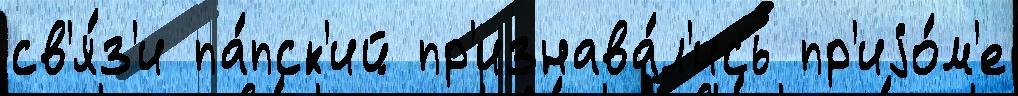
св'я́з'и па́пск'ий пр'изнава́л'ись пр'иjо́м'е